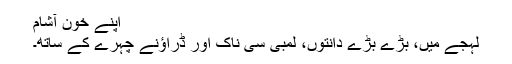
اپنے خون آشام
لہجے میں، بڑے بڑے دانتوں، لمبی سی ناک اور ڈراؤنے چہرے کے ساتھ۔